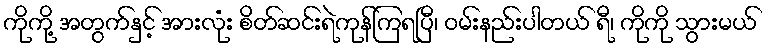
ကိုကို့ အတွက်နှင့် အားလုံး စိတ်ဆင်းရဲကုန်ကြရပြီ၊ ဝမ်းနည်းပါတယ် ရီ၊ ကိုကို သွားမယ်